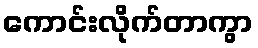
ကောင်းလိုက်တာကွာ